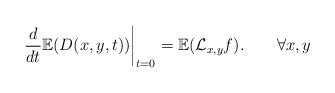
\begin{align*}\left.\frac{d}{dt}\mathbb{E}(D(x,y,t))\right|_{t=0}=\mathbb{E}(\mathcal{L}_{x,y}f).\qquad\forall x,y\end{align*}